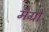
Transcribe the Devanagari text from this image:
मँग्रो